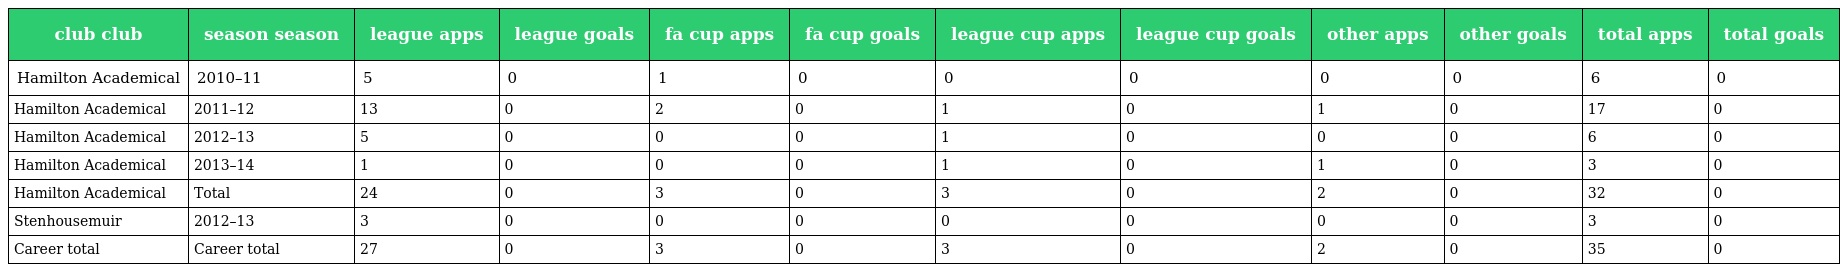
| club club | season season | league apps | league goals | fa cup apps | fa cup goals | league cup apps | league cup goals | other apps | other goals | total apps | total goals |
 | --- | --- | --- | --- | --- | --- | --- | --- | --- | --- | --- | --- |
 | Hamilton Academical | 2010–11 | 5 | 0 | 1 | 0 | 0 | 0 | 0 | 0 | 6 | 0 |
 | Hamilton Academical | 2011–12 | 13 | 0 | 2 | 0 | 1 | 0 | 1 | 0 | 17 | 0 |
 | Hamilton Academical | 2012–13 | 5 | 0 | 0 | 0 | 1 | 0 | 0 | 0 | 6 | 0 |
 | Hamilton Academical | 2013–14 | 1 | 0 | 0 | 0 | 1 | 0 | 1 | 0 | 3 | 0 |
 | Hamilton Academical | Total | 24 | 0 | 3 | 0 | 3 | 0 | 2 | 0 | 32 | 0 |
 | Stenhousemuir | 2012–13 | 3 | 0 | 0 | 0 | 0 | 0 | 0 | 0 | 3 | 0 |
 | Career total | Career total | 27 | 0 | 3 | 0 | 3 | 0 | 2 | 0 | 35 | 0 |